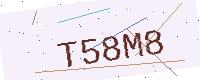
Text: T58M8